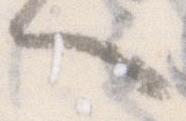
へ